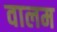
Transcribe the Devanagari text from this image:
वालम